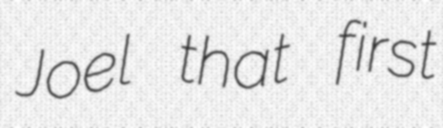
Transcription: Joel that first